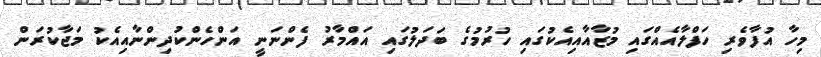
މިހާ އުފާވެރި ހަފްލާއެއްގައި މުޒާއާއިއެކުގައި ހުރުމުގެ ބަދަލުގައި އައްމާރު ފެންނަނީ އަންހެންކުދިންނާއިއެކު މަޖާކުރަން